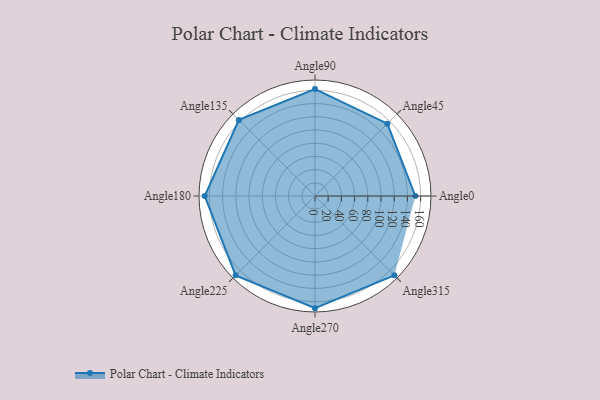
{"axis": {"x": "Angle", "y": "Radius"}, "legend": [""], "data": [{"x": "Angle0", "y": 152.0, "type": ""}, {"x": "Angle45", "y": 155.0, "type": ""}, {"x": "Angle90", "y": 162.0, "type": ""}, {"x": "Angle135", "y": 163.0, "type": ""}, {"x": "Angle180", "y": 167.0, "type": ""}, {"x": "Angle225", "y": 170, "type": ""}, {"x": "Angle270", "y": 170, "type": ""}, {"x": "Angle315", "y": 170, "type": ""}]}